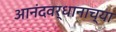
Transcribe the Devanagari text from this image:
आनंदवर्धानाच्या